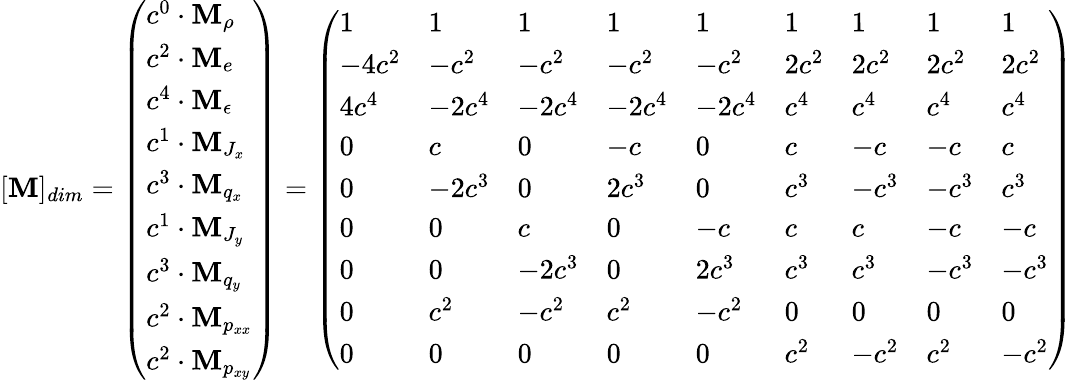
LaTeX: [\mathbf{M}]_{dim}=\left(\begin{array}{l}{c^{0}\cdot\mathbf{M}_{\rho}}\\ {c^{2}\cdot\mathbf{M}_{e}}\\ {c^{4}\cdot\mathbf{M}_{\epsilon}}\\ {c^{1}\cdot\mathbf{M}_{J_{x}}}\\ {c^{3}\cdot\mathbf{M}_{q_{x}}}\\ {c^{1}\cdot\mathbf{M}_{J_{y}}}\\ {c^{3}\cdot\mathbf{M}_{q_{y}}}\\ {c^{2}\cdot\mathbf{M}_{p_{xx}}}\\ {c^{2}\cdot\mathbf{M}_{p_{xy}}}\end{array}\right)=\left(\begin{array}{lllllllll}{1}&{1}&{1}&{1}&{1}&{1}&{1}&{1}&{1}\\ {-4c^{2}}&{-c^{2}}&{-c^{2}}&{-c^{2}}&{-c^{2}}&{2c^{2}}&{2c^{2}}&{2c^{2}}&{2c^{2}}\\ {4c^{4}}&{-2c^{4}}&{-2c^{4}}&{-2c^{4}}&{-2c^{4}}&{c^{4}}&{c^{4}}&{c^{4}}&{c^{4}}\\ {0}&{c}&{0}&{-c}&{0}&{c}&{-c}&{-c}&{c}\\ {0}&{-2c^{3}}&{0}&{2c^{3}}&{0}&{c^{3}}&{-c^{3}}&{-c^{3}}&{c^{3}}\\ {0}&{0}&{c}&{0}&{-c}&{c}&{c}&{-c}&{-c}\\ {0}&{0}&{-2c^{3}}&{0}&{2c^{3}}&{c^{3}}&{c^{3}}&{-c^{3}}&{-c^{3}}\\ {0}&{c^{2}}&{-c^{2}}&{c^{2}}&{-c^{2}}&{0}&{0}&{0}&{0}\\ {0}&{0}&{0}&{0}&{0}&{c^{2}}&{-c^{2}}&{c^{2}}&{-c^{2}}\end{array}\right)